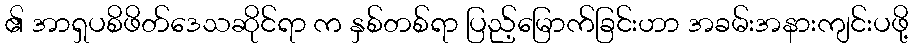
၏ အာရှပစိဖိတ်ဒေသဆိုင်ရာ က နှစ်တစ်ရာ ပြည့်မြောက်ခြင်းဟာ အခမ်းအနားကျင်းပဖို့